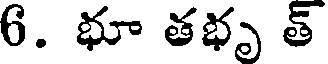
6. భూ తభృ త్